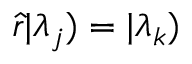
\hat { r } | \lambda _ { j } ) = | \lambda _ { k } )